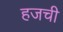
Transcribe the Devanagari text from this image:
हजची